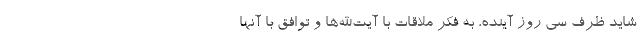
شاید ظرف سی روز آینده، به فکر ملاقات با آیت‌الله‌ها و توافق با آنها